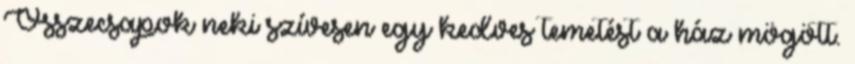
Összecsapok neki szívesen egy kedves temetést a ház mögött.